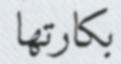
بكارتھا